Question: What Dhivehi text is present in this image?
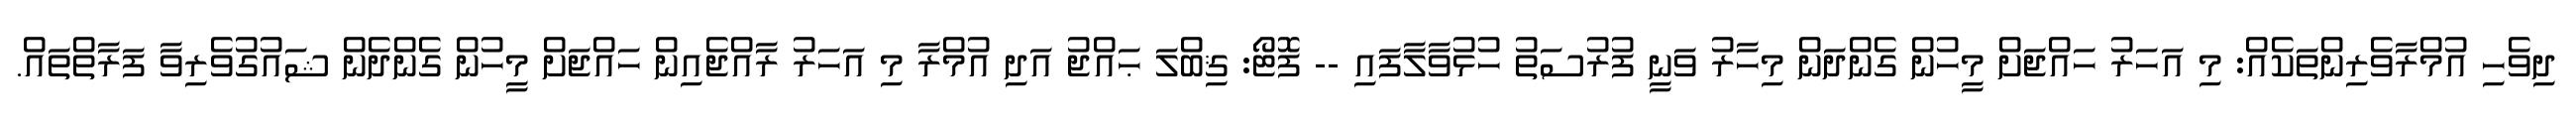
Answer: ދިވެހި އުމްރާވެރިންތަކެއް: މި އަހަރު ހައްޖަށް މީހުން ގެންދަން މިހާރު ވަނީ ފުރުސަތު ހުޅުވާލާފައި -- ފޮޓޯ: ޤިބްލަ ޙައްޖު އަދި އުމްރާ މި އަހަރު ރާއްޖެއިން ހައްޖަށް މީހުން ގެންދެން ޝައުގުވެރިވާ ފަރާތްތައް.